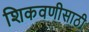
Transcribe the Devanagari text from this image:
शिकवणीसाठी